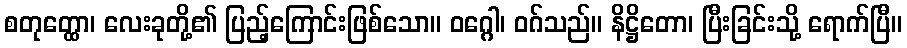
စတုတ္ထော၊ လေးခုတို့၏ ပြည့်ကြောင်းဖြစ်သော။ ဝဂ္ဂေါ၊ ဝဂ်သည်။ နိဋ္ဌိတော၊ ပြီးခြင်းသို့ ရောက်ပြီ။